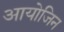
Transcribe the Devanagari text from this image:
आयोजिन